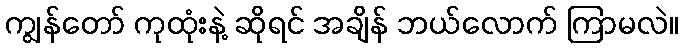
ကျွန်တော် ကုထုံးနဲ့ ဆိုရင် အချိန် ဘယ်လောက် ကြာမလဲ။